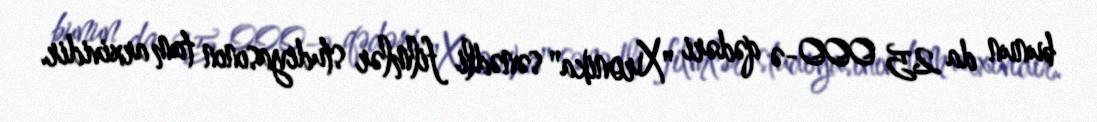
bunun da 25 000-ə qədəri "Xronika" sənədli filmlər studiyasının tam arxividir.